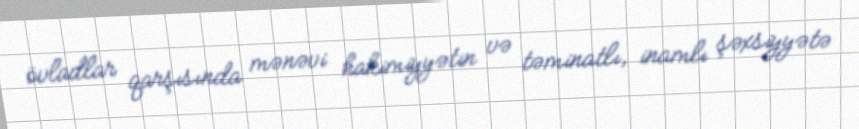
övladlar qarşısında mənəvi hakimiyyətin və təminatlı, inamlı şəxsiyyətə